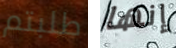
طلبتم إنها